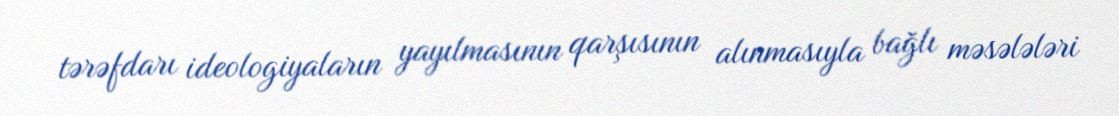
tərəfdarı ideologiyaların yayılmasının qarşısının alınmasıyla bağlı məsələləri